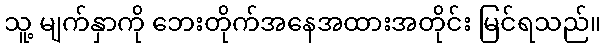
သူ့ မျက်နှာကို ဘေးတိုက်အနေအထားအတိုင်း မြင်ရသည်။